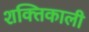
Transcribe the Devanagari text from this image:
शक्‍तिकाली